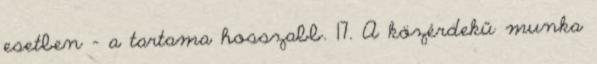
esetben – a tartama hosszabb. 17. A közérdekű munka